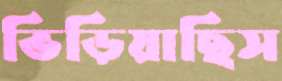
ভিড়িয়াছিস